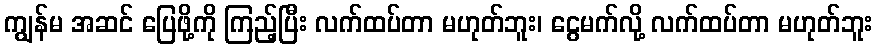
ကျွန်မ အဆင် ပြေဖို့ကို ကြည့်ပြီး လက်ထပ်တာ မဟုတ်ဘူး၊ ငွေမက်လို့ လက်ထပ်တာ မဟုတ်ဘူး